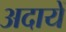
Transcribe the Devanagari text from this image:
अदायें